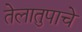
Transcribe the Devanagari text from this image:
तेलातुपाचे